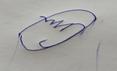
Signature authenticity: forged